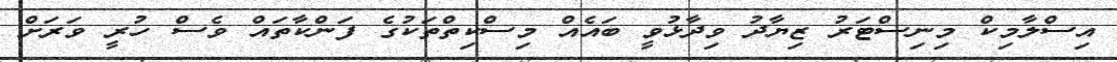
އިސްލާމިކް މިިނިސްޓަރު ޒިޔާދު ވިދާޅުވީ ބައެއް މިސްކިތްތަކުގެ ފަންކާތައް ވެސް ހުރީ ވަރަށް